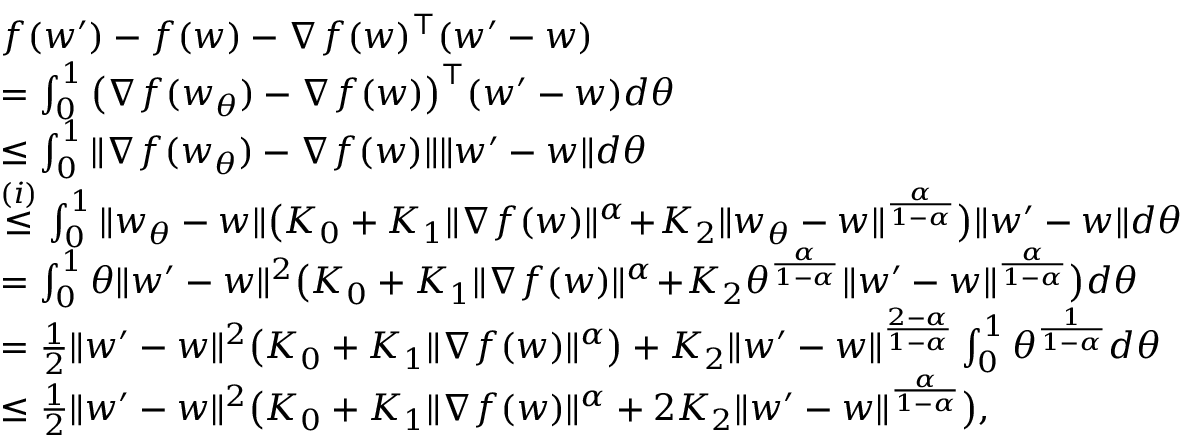
\begin{array} { r l } & { f ( w ^ { \prime } ) - f ( w ) - \nabla f ( w ) ^ { \top } ( w ^ { \prime } - w ) } \\ & { = \int _ { 0 } ^ { 1 } \big ( \nabla f ( w _ { \theta } ) - \nabla f ( w ) \big ) ^ { \top } ( w ^ { \prime } - w ) d \theta } \\ & { \le \int _ { 0 } ^ { 1 } \| \nabla f ( w _ { \theta } ) - \nabla f ( w ) \| \| w ^ { \prime } - w \| d \theta } \\ & { \overset { ( i ) } { \le } \int _ { 0 } ^ { 1 } \| w _ { \theta } - w \| \big ( K _ { 0 } + K _ { 1 } \| \nabla f ( w ) \| ^ { \alpha } \! + \! K _ { 2 } \| w _ { \theta } - w \| ^ { \frac { \alpha } { 1 - \alpha } } \big ) \| w ^ { \prime } - w \| d \theta } \\ & { = \int _ { 0 } ^ { 1 } \theta \| w ^ { \prime } - w \| ^ { 2 } \big ( K _ { 0 } + K _ { 1 } \| \nabla f ( w ) \| ^ { \alpha } \! + \! K _ { 2 } \theta ^ { \frac { \alpha } { 1 - \alpha } } \| w ^ { \prime } - w \| ^ { \frac { \alpha } { 1 - \alpha } } \big ) d \theta } \\ & { = \frac { 1 } { 2 } \| w ^ { \prime } - w \| ^ { 2 } \big ( K _ { 0 } + K _ { 1 } \| \nabla f ( w ) \| ^ { \alpha } \big ) + K _ { 2 } \| w ^ { \prime } - w \| ^ { \frac { 2 - \alpha } { 1 - \alpha } } \int _ { 0 } ^ { 1 } \theta ^ { \frac { 1 } { 1 - \alpha } } d \theta } \\ & { \le \frac { 1 } { 2 } \| w ^ { \prime } - w \| ^ { 2 } \big ( K _ { 0 } + K _ { 1 } \| \nabla f ( w ) \| ^ { \alpha } + 2 K _ { 2 } \| w ^ { \prime } - w \| ^ { \frac { \alpha } { 1 - \alpha } } \big ) , } \end{array}